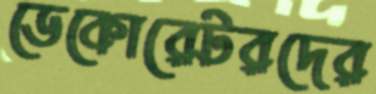
ডেকোরেটরদের